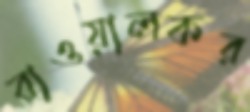
বাওয়ালকর